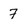
Character: 7